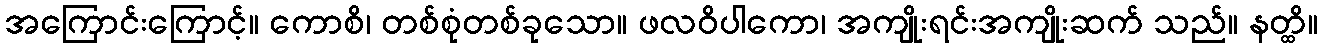
အကြောင်းကြောင့်။ ကောစိ၊ တစ်စုံတစ်ခုသော။ ဖလဝိပါကော၊ အကျိုးရင်းအကျိုးဆက် သည်။ နတ္ထိ။